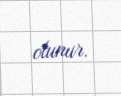
olunur.